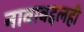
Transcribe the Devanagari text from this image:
नावाबद्दलही